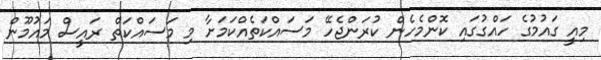
މިއީ ގައުމުގެ ހައްގުގައި ކޮންމެހެން ކުރަންޖެހޭ މަސައްކަތެއްކަމަށާ މި މަސައްކަތް ރައީސް މައުމޫން